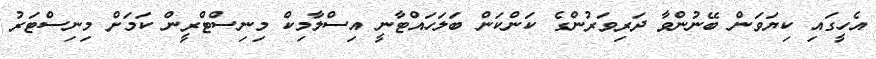
އެހީގައި ކިޔަވަން ބޭނުންވާ ދަރިވަރުންގެ ކަންކަން ބަލަހައްޓާނީ އިސްލާމިކް މިނިސްޓްރީން ކަމަށް މިނިސްޓަރު